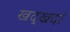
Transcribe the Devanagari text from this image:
खद्खदां